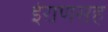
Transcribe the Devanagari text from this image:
ईराणसह